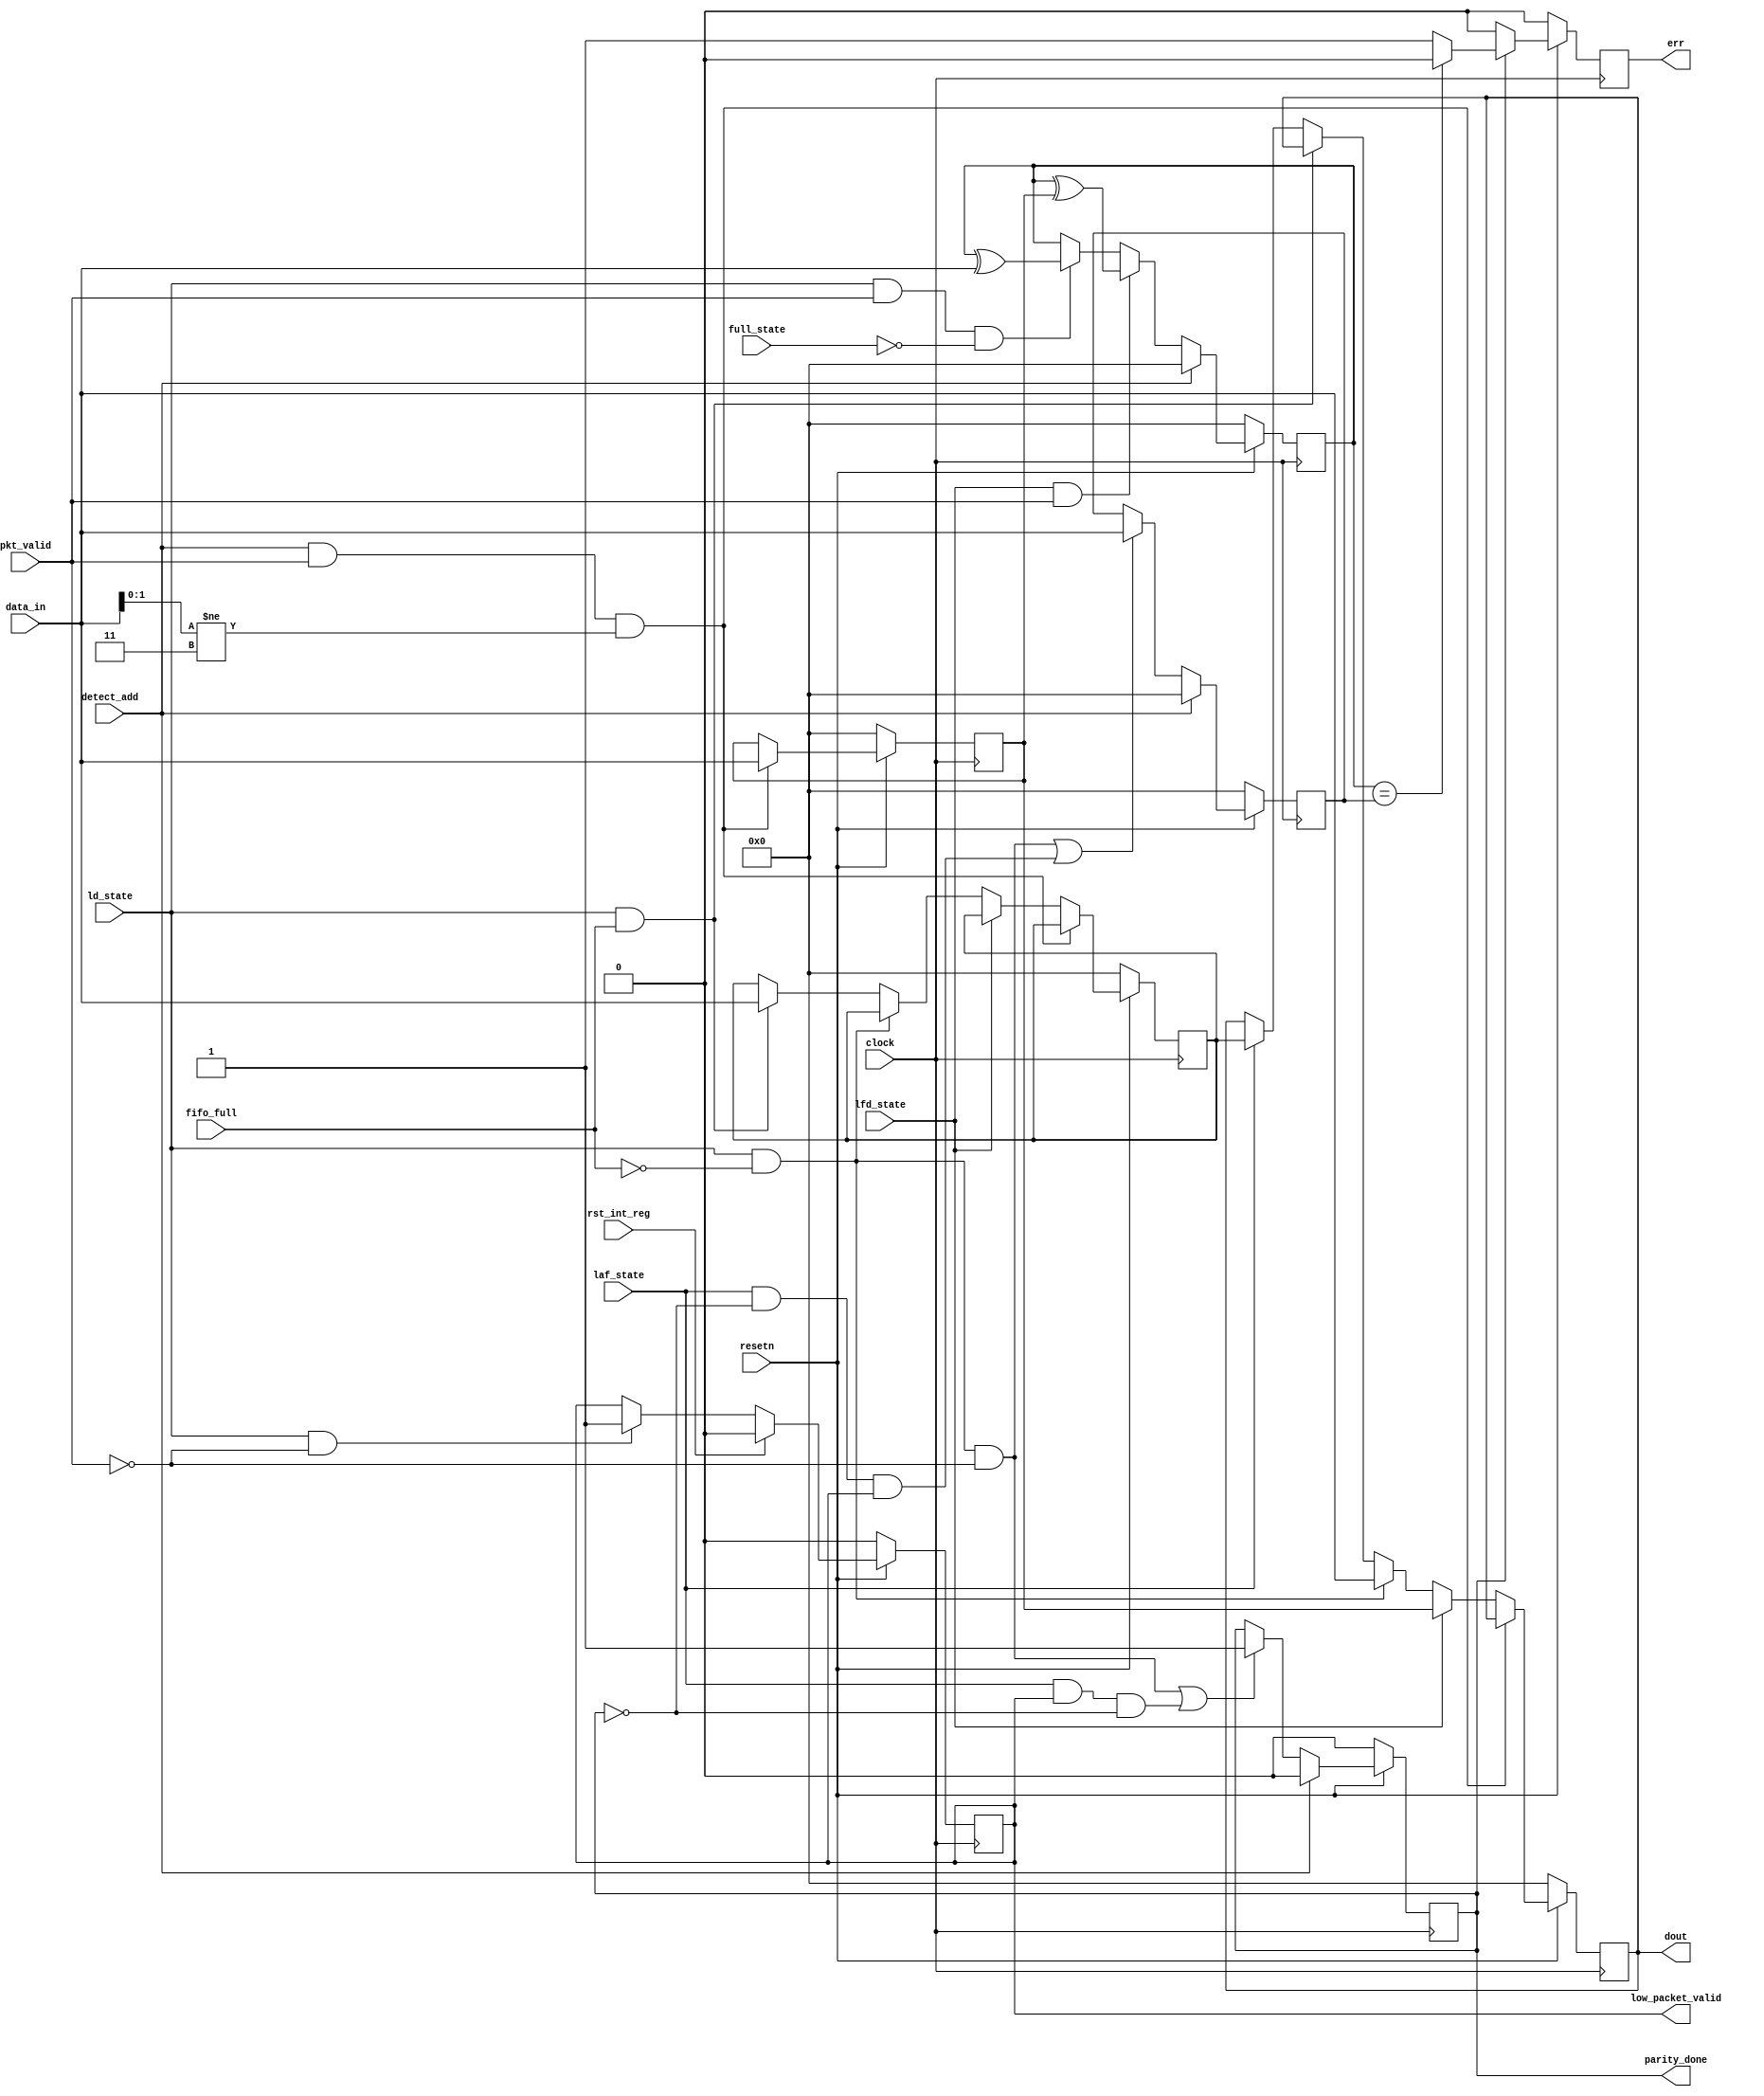
module router_reg(clock,resetn,pkt_valid,data_in,fifo_full,detect_add,
                  ld_state,laf_state,full_state,lfd_state,rst_int_reg,err,
                  parity_done,low_packet_valid,dout);

input clock,resetn,pkt_valid,fifo_full,detect_add,ld_state,laf_state,full_state,lfd_state,rst_int_reg;
input [7:0]data_in;
output reg err,parity_done,low_packet_valid;
output reg [7:0]dout;
reg [7:0]header,int_reg,int_parity,ext_parity;
  
  
  //------------------------------DATA OUT LOGIC---------------------------------

	always@(posedge clock)
   	begin
      if(!resetn)
      	begin
	     dout    	 <=0;
	     header  	 <=0;
	     int_reg 	 <=0;
       	end
      else if(detect_add && pkt_valid && data_in[1:0]!=2'b11)
	     header<=data_in;
      else if(lfd_state)
	     dout<=header;
      else if(ld_state && !fifo_full)
	     dout<=data_in;
      else if(ld_state && fifo_full)
	     int_reg<=data_in;
      else if(laf_state)
	     dout<=int_reg;
     end

  //---------------------------LOW PACKET VALID LOGIC----------------------------
	
      	always@(posedge clock)
	   		begin
              if(!resetn)
	 				low_packet_valid<=0; 
         		else if(rst_int_reg)
	 				low_packet_valid<=0;

              else if(ld_state && !pkt_valid) 
         			low_packet_valid<=1;
			end
  //----------------------------PARITY DONE LOGIC--------------------------------
	
	always@(posedge clock)
	begin
      if(!resetn)
	  parity_done<=0;
     else if(detect_add)
	  parity_done<=0;
      else if((ld_state && !fifo_full && !pkt_valid)
              ||(laf_state && low_packet_valid && !parity_done))
	  parity_done<=1;
	end

//---------------------------PARITY CALCULATE LOGIC----------------------------

	always@(posedge clock)
	begin
      if(!resetn)
	 int_parity<=0;
	else if(detect_add)
	 int_parity<=0;
	else if(lfd_state && pkt_valid)
	 int_parity<=int_parity^header;
	else if(ld_state && pkt_valid && !full_state)
	 int_parity<=int_parity^data_in;
	else
	 int_parity<=int_parity;
	end
	 

//-------------------------------ERROR LOGIC-----------------------------------

	always@(posedge clock)
		begin
          if(!resetn)
	  			err<=0;
	      else if(parity_done)
	       		begin
	 				if (int_parity==ext_parity)
	    				err<=0;
	 				else 
	    			err<=1;
	 			end
	 	   else
	    		err<=0;
	      end

//-------------------------------EXTERNAL PARITY LOGIC-------------------------

	always@(posedge clock)
	begin
      if(!resetn)
	  		ext_parity<=0;
      else if(detect_add)
	  		ext_parity<=0;
      else if((ld_state && !fifo_full && !pkt_valid) || (laf_state && !parity_done && low_packet_valid))
	  		ext_parity<=data_in;
	 end

endmodule